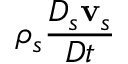
\rho _ { s } \frac { D _ { s } { \bf v } _ { s } } { D t }